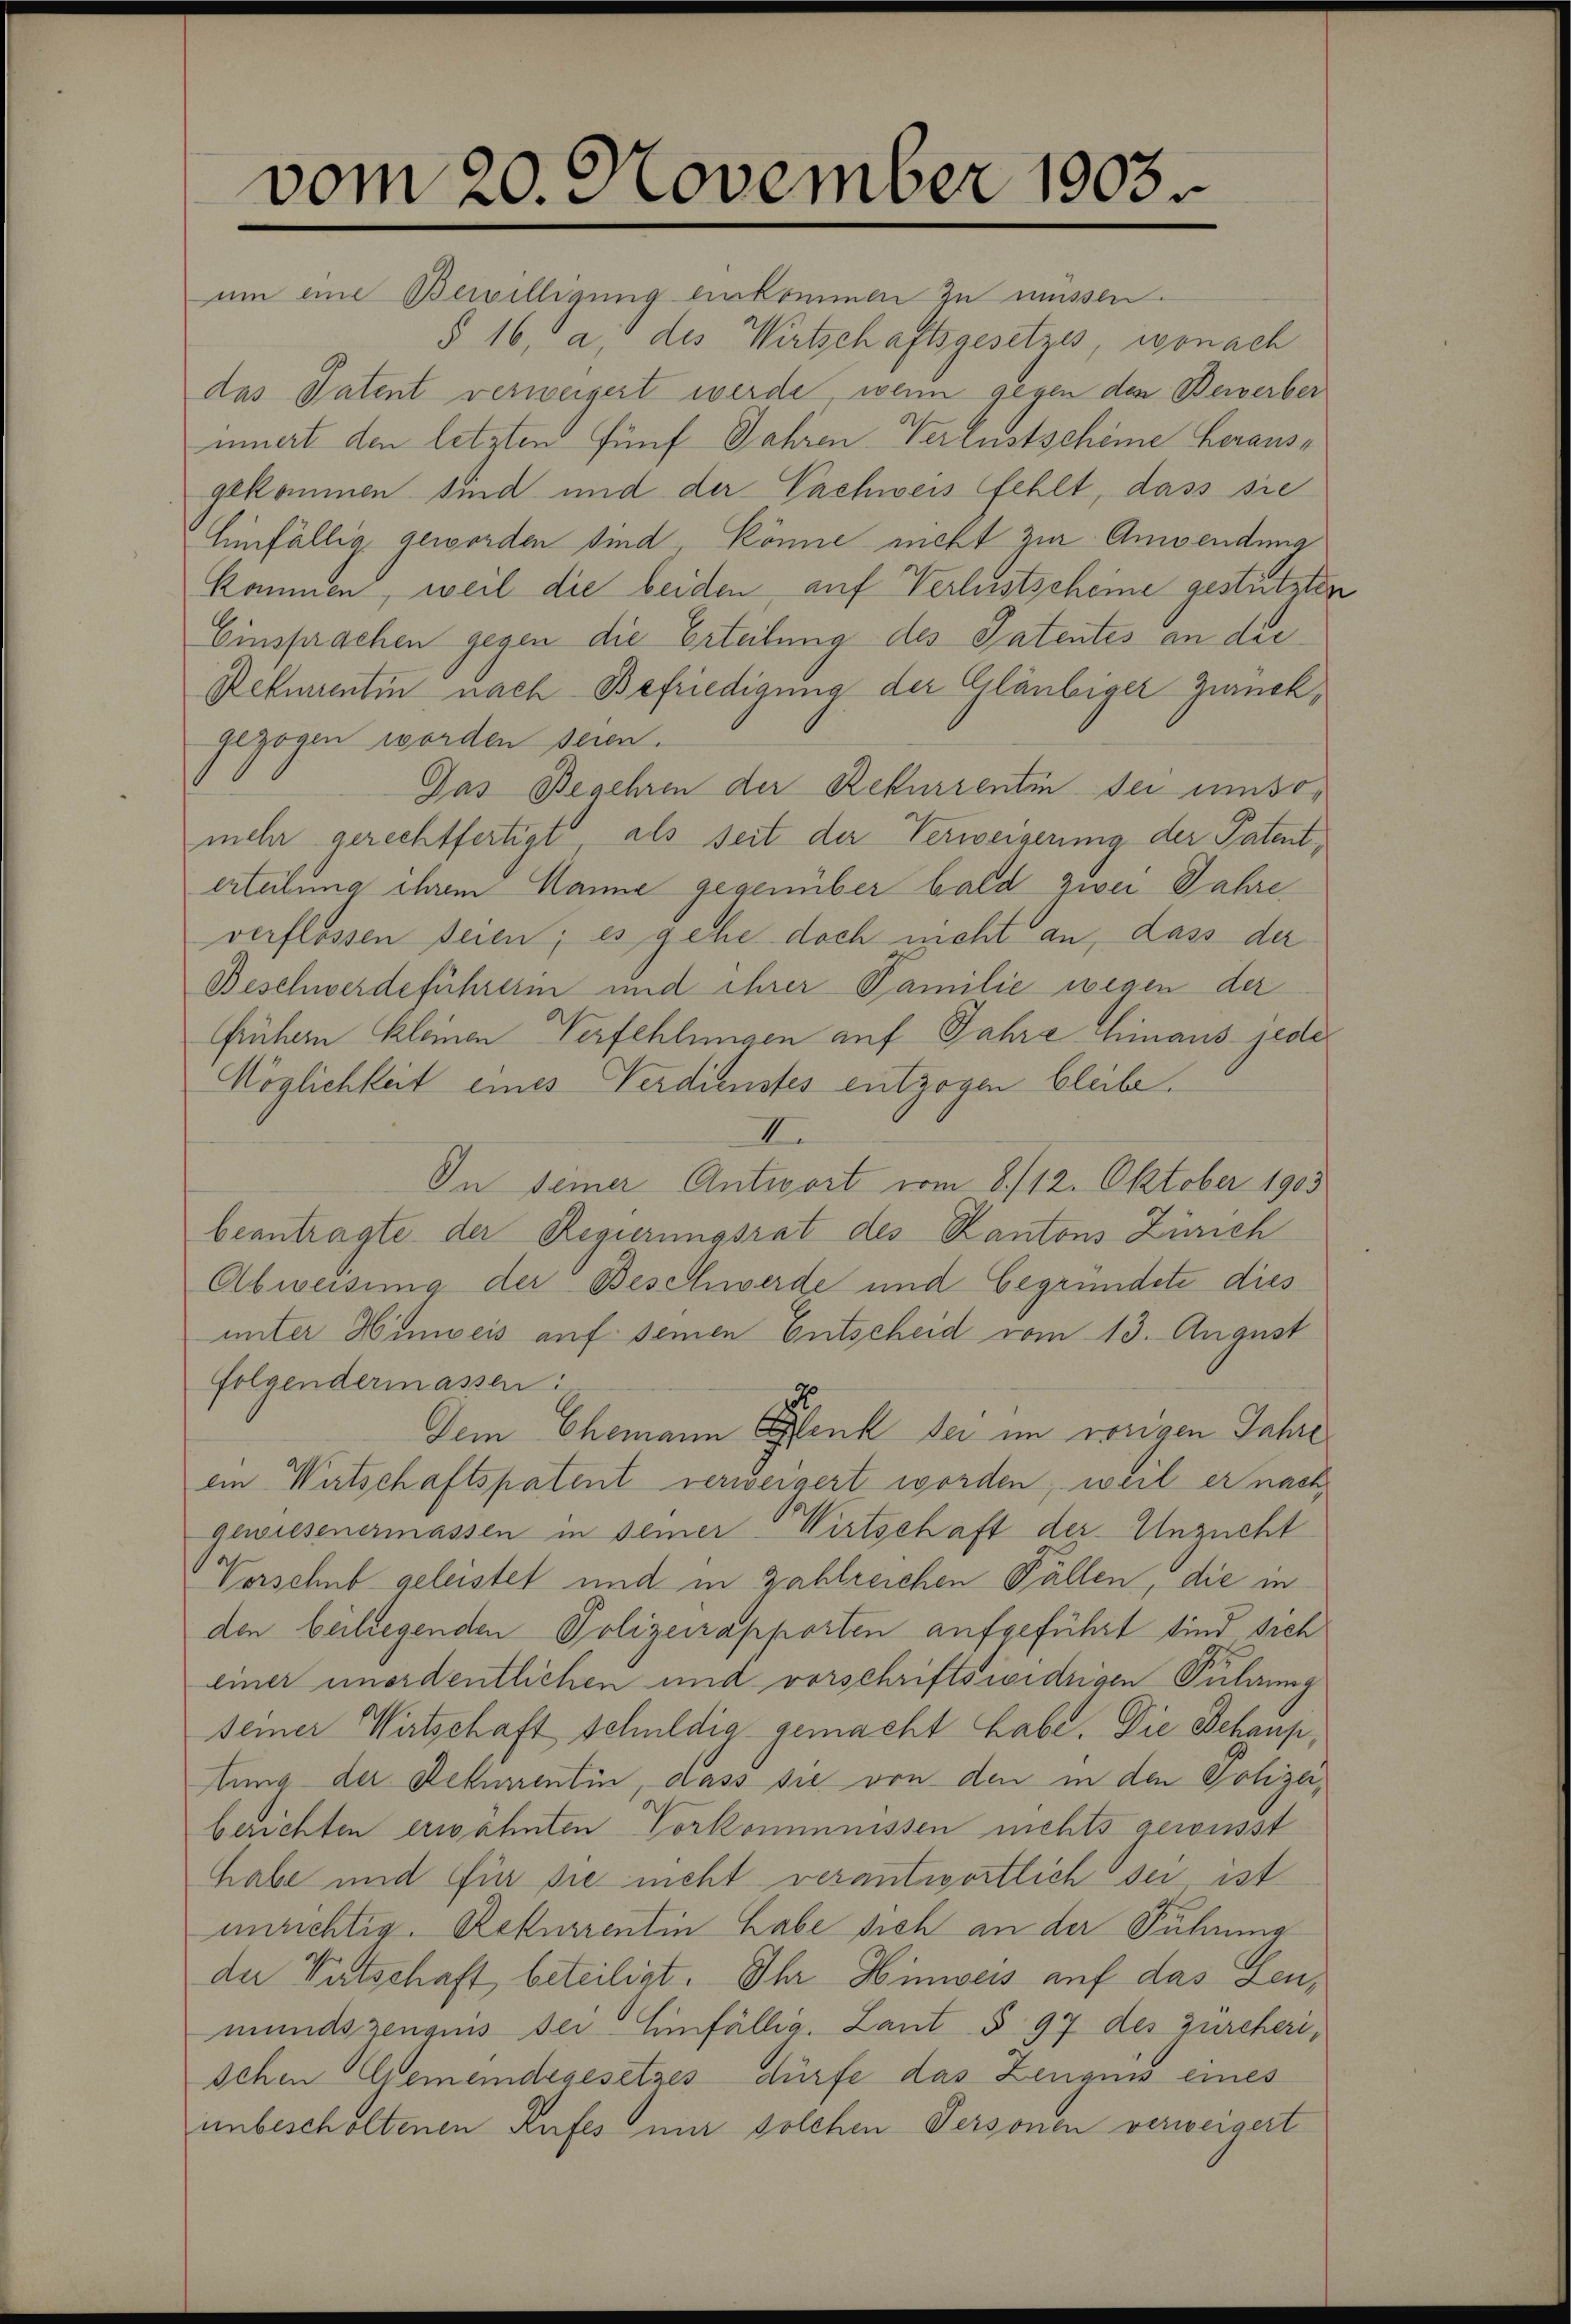
vom 20. November 1903.
um eine Bewilligung einkommen zu müssen.

§ 16, a, des Wirtschaftsgesetzes, wonach
das Patent verweigert werde, wenn gegen den Bewerber
innert den letzten fünf Jahren Verlustscheine Herausgekommen sind und der Nachweis fehlt, dass sie
Einfällig geworden sind, könne nicht zur Anwendung
kommen, weil die beiden auf Verlustscheine gestützten
Einsprachen gegen die Erteilung des Patentes an die
Rehmentin nach Befriedigung der Gläubiger Zurückgezogen worden seien.
Gas Begehren der Rekurrentin sei umsomehr gerechtfertigt, als seit der Verweigerung der Patent,
erteilung ihrem Manne gegenüber bald zwei Jahre
verflossen seien; es gehe doch nicht an, dass der
Beschwerdeführerin und ihrer Familie wegen der
frühern kleinen Verfehlungen auf Jahre hinaus jede
Möglichkeit eines Verdienstes entzogen bleibe.
II.
In seiner Antwort vom 8./12. Oktober 1903
beantragte der Regierungsrat des Kantons Zürich
Abweisung der Beschwerde und begründete dies
unter Hinweis auf seinen Entscheid vom 13. August
folgendermassen:
Dem Ehemann Stenk sei im vorigen Jahre
ein Wirtschaftspatent verweigert worden, weil er nach,
gewiesenermassen in seiner Wirtschaft der Unzucht
Vorschub geleistet und in Zahlreichen Fällen, die in
den beiliegenden Polizeirapporten aufgeführt sind sich
einer unordentlichen und vorschriftswidrigen Fuldung
seiner Wirtschaft schuldig gemacht habe. Die Behauptung der Rekurrentin, dass sie von den in den Polizeiberichten erwähnten Vorkommnissen nichts gewusst
habe und für sie nicht verantwortlich sei ist
unrichtig. Rekurrentin habe sich an der Führung
der Entschaft beteiligt. Ihr Hinweis auf das Leumundszenquis der Einfällig. Laut § 97 des Zürcherischen Gemeindegesetzes dürfe das Zeugnis eines
unbescholtenen Rufes mir solchen Personen verweigert